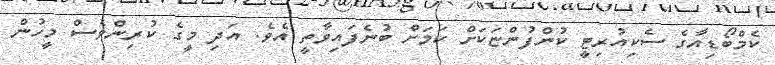
ކެމްބޯޑިއާގެ ސެކިއުރިޓީ ކުންފުންޏަކަށް ކަމަށް ބުނެފައިވާތީ އެވެ. އަދި މީގެ ކުރިންވެސް މީހުން